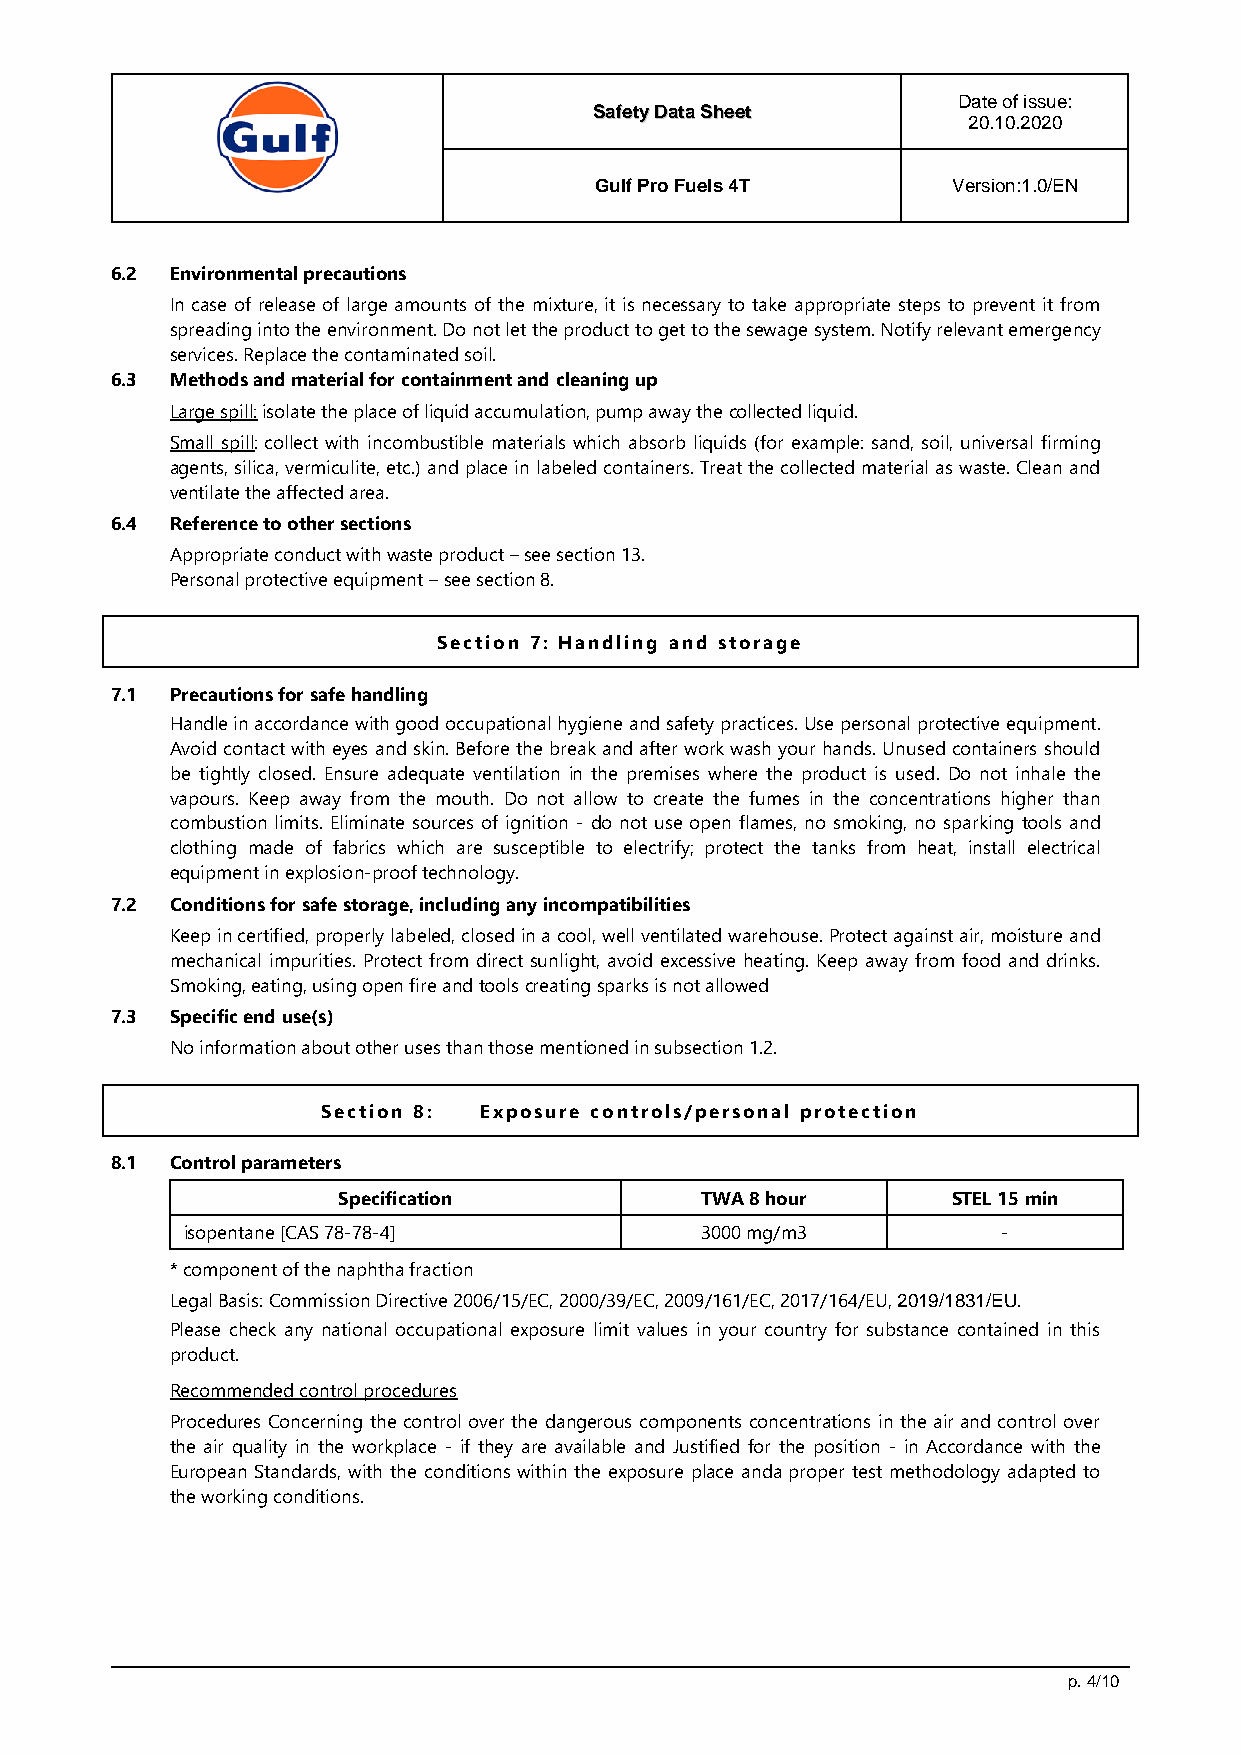
Date of issue:
 SSaaffeettyy DDaattaa SShheeeett
 20.10.2020
 Gulf Pro Fuels 4T       Version:1.0/EN
 6.2 Environmental precautions
 In case of release of large amounts of the mixture, it is necessary to take appropriate steps to prevent it from
 spreading into the environment. Do not let the product to get to the sewage system. Notify relevant emergency
 services. Replace the contaminated soil.
 6.3 Methods and material for containment and cleaning up
 Large spill: isolate the place of liquid accumulation, pump away the collected liquid.
 Small spill: collect with incombustible materials which absorb liquids (for example: sand, soil, universal firming
 agents, silica, vermiculite, etc.) and place in labeled containers. Treat the collected material as waste. Clean and
 ventilate the affected area.
 6.4 Reference to other sections
 Appropriate conduct with waste product – see section 13.
 Personal protective equipment – see section 8.
 Section 7: Handling and storage
 7.1 Precautions for safe handling
 Handle in accordance with good occupational hygiene and safety practices. Use personal protective equipment.
 Avoid contact with eyes and skin. Before the break and after work wash your hands. Unused containers should
 be tightly closed. Ensure adequate ventilation in the premises where the product is used. Do not inhale the
 vapours. Keep away from the mouth. Do not allow to create the fumes in the concentrations higher than
 combustion limits. Eliminate sources of ignition - do not use open flames, no smoking, no sparking tools and
 clothing made of fabrics which are susceptible to electrify; protect the tanks from heat, install electrical
 equipment in explosion-proof technology.
 7.2 Conditions for safe storage, including any incompatibilities
 Keep in certified, properly labeled, closed in a cool, well ventilated warehouse. Protect against air, moisture and
 mechanical impurities. Protect from direct sunlight, avoid excessive heating. Keep away from food and drinks.
 Smoking, eating, using open fire and tools creating sparks is not allowed
 7.3 Specific end use(s)
 No information about other uses than those mentioned in subsection 1.2.
 Section 8: Exposure controls/personal protection
 8.1 Control parameters
 Specification           TWA 8 hour       STEL 15 min
 isopentane [CAS 78-78-4]          3000 mg/m3          -
 * component of the naphtha fraction
 Legal Basis: Commission Directive 2006/15/EC, 2000/39/EC, 2009/161/EC, 2017/164/EU, 2019/1831/EU.
 Please check any national occupational exposure limit values in your country for substance contained in this
 product.
 Recommended control procedures
 Procedures Concerning the control over the dangerous components concentrations in the air and control over
 the air quality in the workplace - if they are available and Justified for the position - in Accordance with the
 European Standards, with the conditions within the exposure place anda proper test methodology adapted to
 the working conditions.
 p. 4/10